King Institute of Preventive Medicine Micro-Biological Section reports 1912-19
Year: 1912
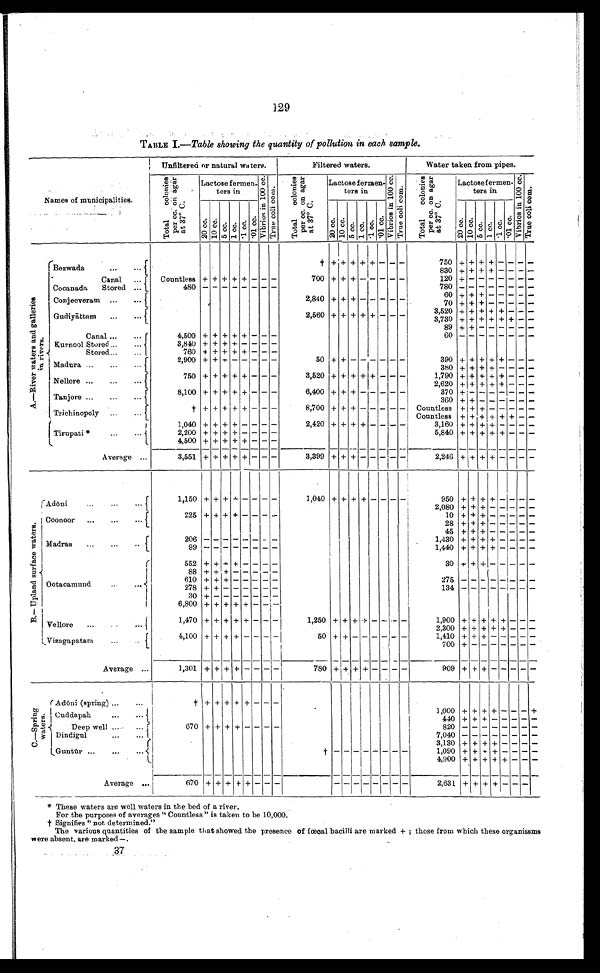
129
TABLE 1 .—Table showing the quantity of pollution in each sample.
N a m e s
of municipalities.
Unfiltered or natural waters.
Filtered waters.
Water taken from pipes.
T o t a l c o l o n i e s
p e r c c . o n a g a r
a t 3 7° C .
Lactose fermen-
t e r s i n
V i b r i o s i n 1 0 0 c c .
T r u e c o l i c o m .
T o t a l c o l o n i e s
p e r c c . o n a g a r
a t 3 7° C .
L a c t o s e f e r m e n -
t e r s i n
V i b r i o s i n 1 0 0 c c .
T r u e c o l i c o m .
Tot al col oni es
per cc. on agar
a t 3 7° C .
L a c t o s e f e r m e n -
t e r s i n
V i b r i o s i n 1 0 0 c c .
T r u e c o l i c o m .
2 0 c c . 1 0 c c . 5 c c . 1 c c .
. 1 c c .
. 0 1 c c .
2 0 c c . 1 0 c c .
5 c c . 1 c c . . 1 c c . . 0 1 c c .
2 0 c c . 1 0 c c .
5 c c . 1 c c .
. 1 c c .
. 0 1 c c .
A . — R i v e r w a t e r s a n d g a l l e r i e s
i n r i v e r s .
† +
+
+ + + - - -
7 5 0
+ + + + - -
-
-
Bezwada
830 + + + +
- - - -
Canal
...
Countless + + + + +
- - - 700
+ + + - - - - -
1 2 0
+
- - - - - - -
4 8 0
-
- - - - - - -
7 8 0
-
- - - - - - -
Cocanada
Stored ...
6 0
+ + + - - - - -
Conjeeveram ...
...
2,840
+ + + - - - - -
7 0
+ + + - - - - -
3,520 + + + + +
- -
-
Gudiyāttam
...
...
2,560 + + + + +
- - -
3,730
+ + + + + + - -
89
+
+ - - - - - -
Canal ...
...
4,500 + + + + +
- - -
6 0
-
- - - - - - -
Kurnool Stored
3,840
+ + + + - - - -
Stored. ...
...
760
+ + + + + - - -
2,900
+ + + - - - - -
5 0
+ + - - - - - -
3 9 0
+ + + + + - - -
Madura ...
...
...
3 8 0
+ + + + - - - -
750
+ + + + + - - -
3,520 + + + + +
- - -
-
1,790
+ + + + + - - -
Nellore ...
...
...
2,620 + + + + +
- - -
8,100
+ + + + + - - -
6 , 4 0 0
+ + + - - - - -
3 7 0
+ - - - - - - -
Tanjore ...
...
...
3 6 0
+
+ - - - - - -
†
+ + + + +
- - -
8,700
+ + + - - - - -
Countless
+ + + - - - - -
Trichinopoly ...
....
Countless
+ + + + + + - -
1,040
+ + + + - - - -
2 , 4 2 0
+ + + + - - - -
3 , 1 6 0
+ + + + - - - -
Tirupati *
2,200
+ + + + - - - -
5 , 8 4 0
+ + + + + - - -
4,500
+ + + + + - -
-
Average ...
3,551
+
+
+ + + - - -
3 , 3 9 9
+ + +
- - - - -
2 , 2 4 6
+ + + + - - -
-
B . — U p l a n d s u r f a c e w a t e r s .
1 , 1 5 0
+
+
+
+ - - - -
1 , 0 4 0
+
+
+
+ -
-
- -
9 5 0
+ + + + -
-
- -
Adō ni . . . . . .
2,080
+ + + - - - - -
2 2 5
+ + + + - - - -
10
+ + + - - - - -
Coonoor
...
...
...
28 + + +
- - - - -
45
+ + + - - - - -
2 0 6
-
- - - - - - -
1,430
+ + + + - - -
-
Madras
...
...
...
9 9
-
- - - - - - -
1 , 4 4 0
+ + + + - - -
-
552
+ + +
+ - - - -
3 0
+ + + - - - - -
88
+ + + - - - - -
610
+ + + - - - - -
2 7 5
-
- - - - - - -
Ootacamund
278
+
+ - - - - - -
1 3 4
-
- - - - - - -
30
+
- - - - - - -
6,800
+
+ + + + - - -
1 , 4 7 0
+ + + + + - - -
1 , 2 5 0
+ + + + - - -
-
1 , 9 0 0
+ + + + + - -
-
Vellore
...
..
2,300
+ + + + + - -
-
4,100
+
+
+ + - - - -
5 0
+ + - - - - - -
1 , 4 1 0
+
+ + - - - - -
Vizagapatam.
...
...
7 0 0
+
-
- - - - - -
Average ...
1,301 + + + +
- - - - 780
+ +
+ + - - - -
909 + +
+
- - - - -
C . — S p r i n g
w a t e r s .
Adō ni (spring) ...
...
†
+
+
+
+ + - - -
1 , 0 0 0
+
+
+
+ - - - +
Cuddapah
...
...
4 4 0 +
+ + - - - - -
Deep well ...
....
670
+
+ + + - - - -
8 2 0 -
- - - - - - -
Dindigul
...
7,040
-
- - - - - - -
3,130
+
+ + + - - - -
Guntū r
†
- - - - - - - - 1,090
+
+ + + - - - -
4,900
+
+ + + + - - -
Average ...
670
+
+ + + + - - -
- - - - - - - -
2 , 6 3 1
+
+ + + - - -
* These waters are well waters in the bed of a river.
For the purposes of averages "Countless" is taken to be 10,000.
† Signifies "not. determined."
The various quantities of the sample that showed the presence of fœcal bacilli are marked + ; those from which these organissms
were absent are marked—.
37